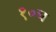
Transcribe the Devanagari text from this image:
१०च